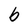
Character: b